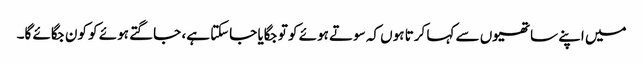
میں اپنے ساتھیوں سے کہا کرتا ہوں کہ سوتے ہوئے کو تو جگایا جاسکتا ہے، جاگتے ہوئے کو کون جگائے گا۔